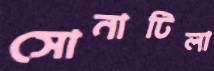
সোনাটিলা